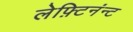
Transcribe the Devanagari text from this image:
लेफ़्टिनंन्ट